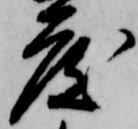
度